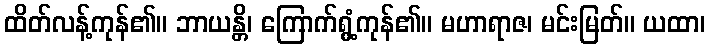
ထိတ်လန့်ကုန်၏။ ဘာယန္တိ၊ ကြောက်ရွံ့ကုန်၏။ မဟာရာဇ၊ မင်းမြတ်။ ယထာ၊